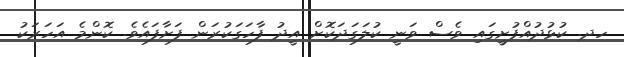
ހދ. ކުޅުދުއްފުށީގައި ވެސް ވަނީ ކުލަގަދަކޮށް އީދު ފާހަގަކުރަން ފަށާފައެވެ. ކޮންމެ އަހަރަކު